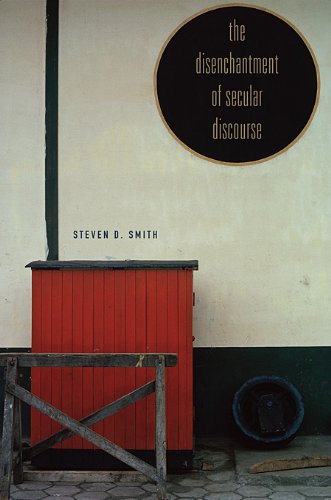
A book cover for The Disenchantment of Secular Discourse; Steven D. Smith; Law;